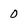
Character: 0